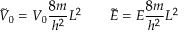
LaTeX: { \tilde { V } } _ { 0 } = V _ { 0 } { \frac { 8 m } { h ^ { 2 } } } L ^ { 2 } \qquad { \tilde { E } } = E { \frac { 8 m } { h ^ { 2 } } } L ^ { 2 }